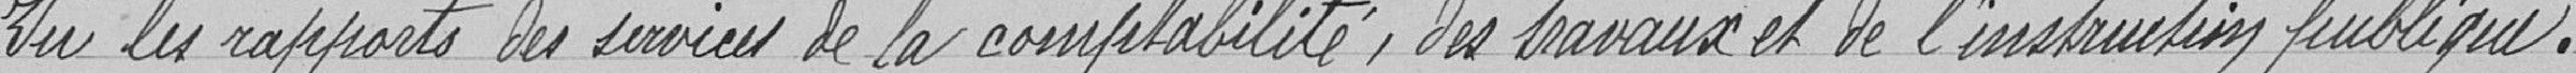
Vu les rapports des services de la compatibilité, des travaux et de l'instruction publique